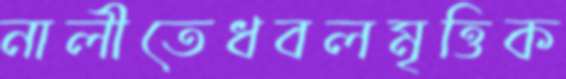
নালীতেধবলমৃত্তিক